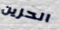
الحزين